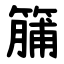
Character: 䈻